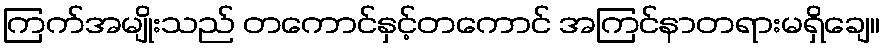
ကြက်အမျိုးသည် တကောင်နှင့်တကောင် အကြင်နာတရားမရှိချေ။